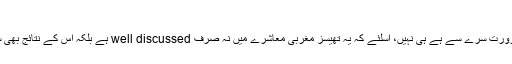
سیکس ایجوکیشن کے پروز اینڈ کونز:
ان پہلؤوں پر نئے سرے سے کسی بحث کی ضرورت سرے سے ہے ہی نہیں، اسلئے کہ یہ تھیسز مغربی معاشرے میں نہ صرف well discussed ہے بلکہ اس کے نتائج بھی سب کے سامنے روز روشن کی طرح عیاں ہیں۔